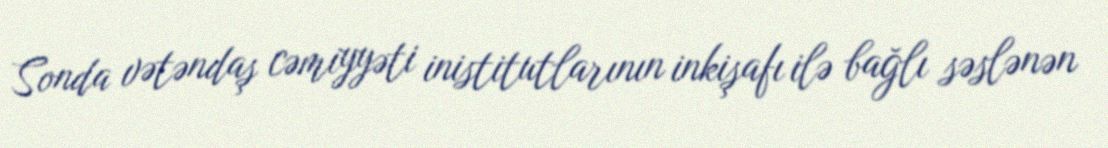
Sonda vətəndaş cəmiyyəti inistitutlarının inkişafı ilə bağlı səslənən